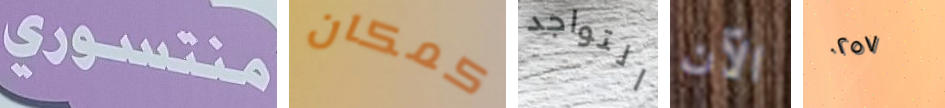
منتسوري كمكان التواجد الآن ٠٢٥٧